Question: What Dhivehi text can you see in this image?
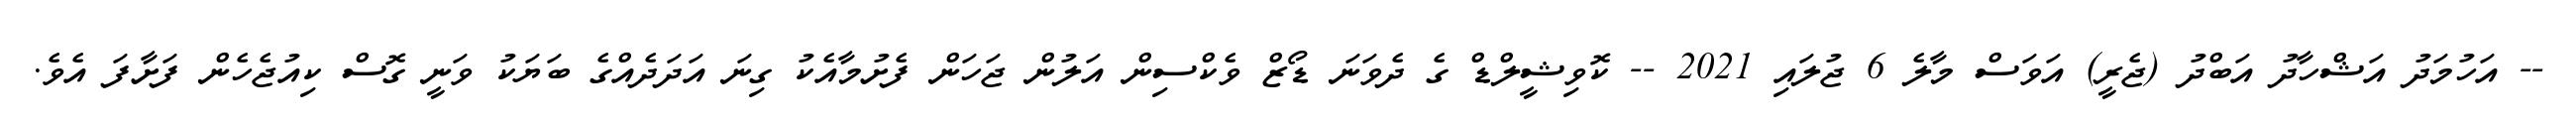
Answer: -- އަހުމަދު އަޝްހާދު އަބްދު (ޖެރީ) އަވަސް މާލެ 6 ޖުލައި 2021 -- ކޮވިޝީލްޑް ގެ ދެވަނަ ޑޯޒް ވެކްސިން އަލުން ޖަހަން ފެށުމާއެކު ގިނަ އަދަދެއްގެ ބަޔަކު ވަނީ ގޮސް ކިއުޖެހެން ފަށާފަ އެވެ.